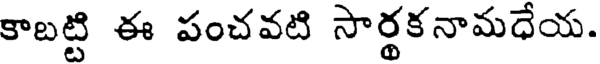
కాబట్టి ఈ పంచవటి సార్థకనామధేయ.